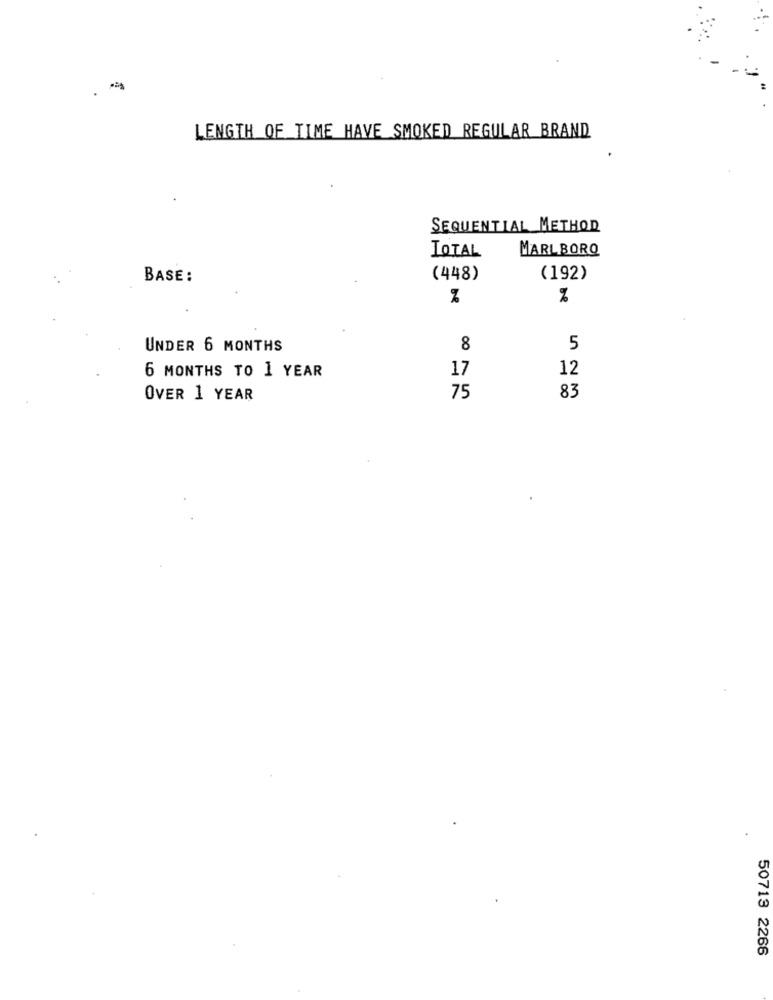
-
LENGTH OF TIME HAVE SMOKED REGULAR BRAND
SEQUENTIAL METHOD
TOTAL
MARLBORO
BASE:
(448)
(192)
%
%
UNDER 6 MONTHS
8
5
6 MONTHS TO 1 YEAR
17
12
83
OVER 1 YEAR
75
50713 2266